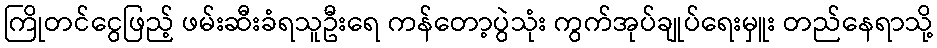
ကြိုတင်ငွေဖြည့် ဖမ်းဆီးခံရသူဦးရေ ကန်တော့ပွဲသုံး ကွက်အုပ်ချုပ်ရေးမှူး တည်နေရာသို့